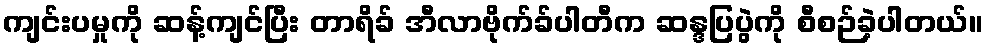
ကျင်းပမှုကို ဆန့်ကျင်ပြီး တာရိခ် အီလာဗိုက်ခ်ပါတီက ဆန္ဒပြပွဲကို စီစဉ်ခဲ့ပါတယ်။